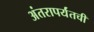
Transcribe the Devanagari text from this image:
अंतरापर्यंतची